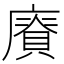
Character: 𢋐